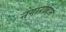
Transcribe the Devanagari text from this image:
नगारखाने